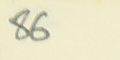
86